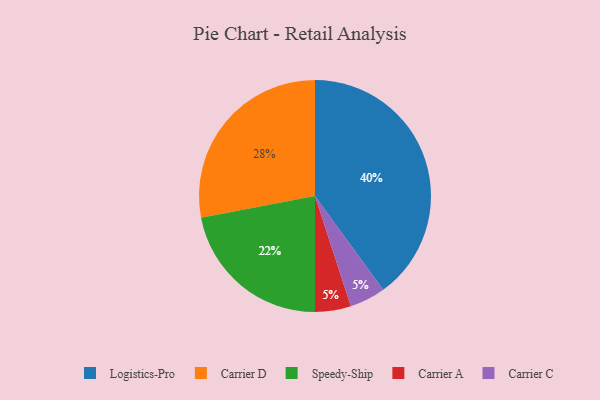
{"axis": {"x": "Category", "y": "Percentage"}, "legend": ["Carrier A", "Carrier C", "Carrier D", "Logistics-Pro", "Speedy-Ship"], "data": [{"x": "Carrier A", "y": 5, "type": "Carrier A"}, {"x": "Speedy-Ship", "y": 22, "type": "Speedy-Ship"}, {"x": "Carrier C", "y": 5, "type": "Carrier C"}, {"x": "Carrier D", "y": 28, "type": "Carrier D"}, {"x": "Logistics-Pro", "y": 40, "type": "Logistics-Pro"}]}